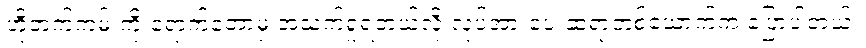
ဟိုဘက်ကမ်းကို ရောက်တော့မှ အသက်ရှုရတယ်လို့ လုပ်အားပေးဆရာတစ်ယောက်က ပြောပါတယ်။